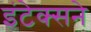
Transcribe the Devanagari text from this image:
इंटेक्सने